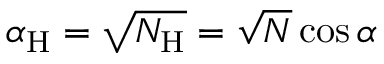
\alpha _ { \mathrm { H } } = \sqrt { N _ { \mathrm { H } } } = \sqrt { N } \cos \alpha